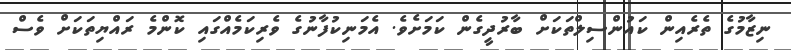
ނިޒާމުގެ ތެރެއިން ކައުންސިލްތަކަށް ބާރުދީގެން ކަމަށެވެ. އެމަނިކުފާނުގެ ވެރިކަމެއްގައި ކޮންމެ ރައްޔިތަކަށް ވެސް